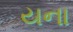
યના